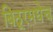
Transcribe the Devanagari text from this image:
बिठूरमधेच